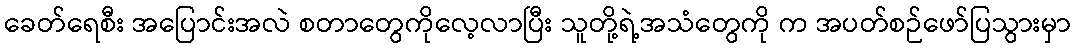
ခေတ်ရေစီး အပြောင်းအလဲ စတာတွေကိုလေ့လာပြီး သူတို့ရဲ့အသံတွေကို က အပတ်စဉ်ဖော်ပြသွားမှာ